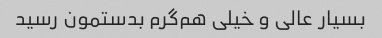
بسیار عالی و خیلی هم‌گرم بدستمون رسید